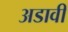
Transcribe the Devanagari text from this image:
अडावी